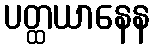
ပတ္ထယာနေန